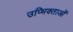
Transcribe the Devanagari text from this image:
उप्भिक्ताओं